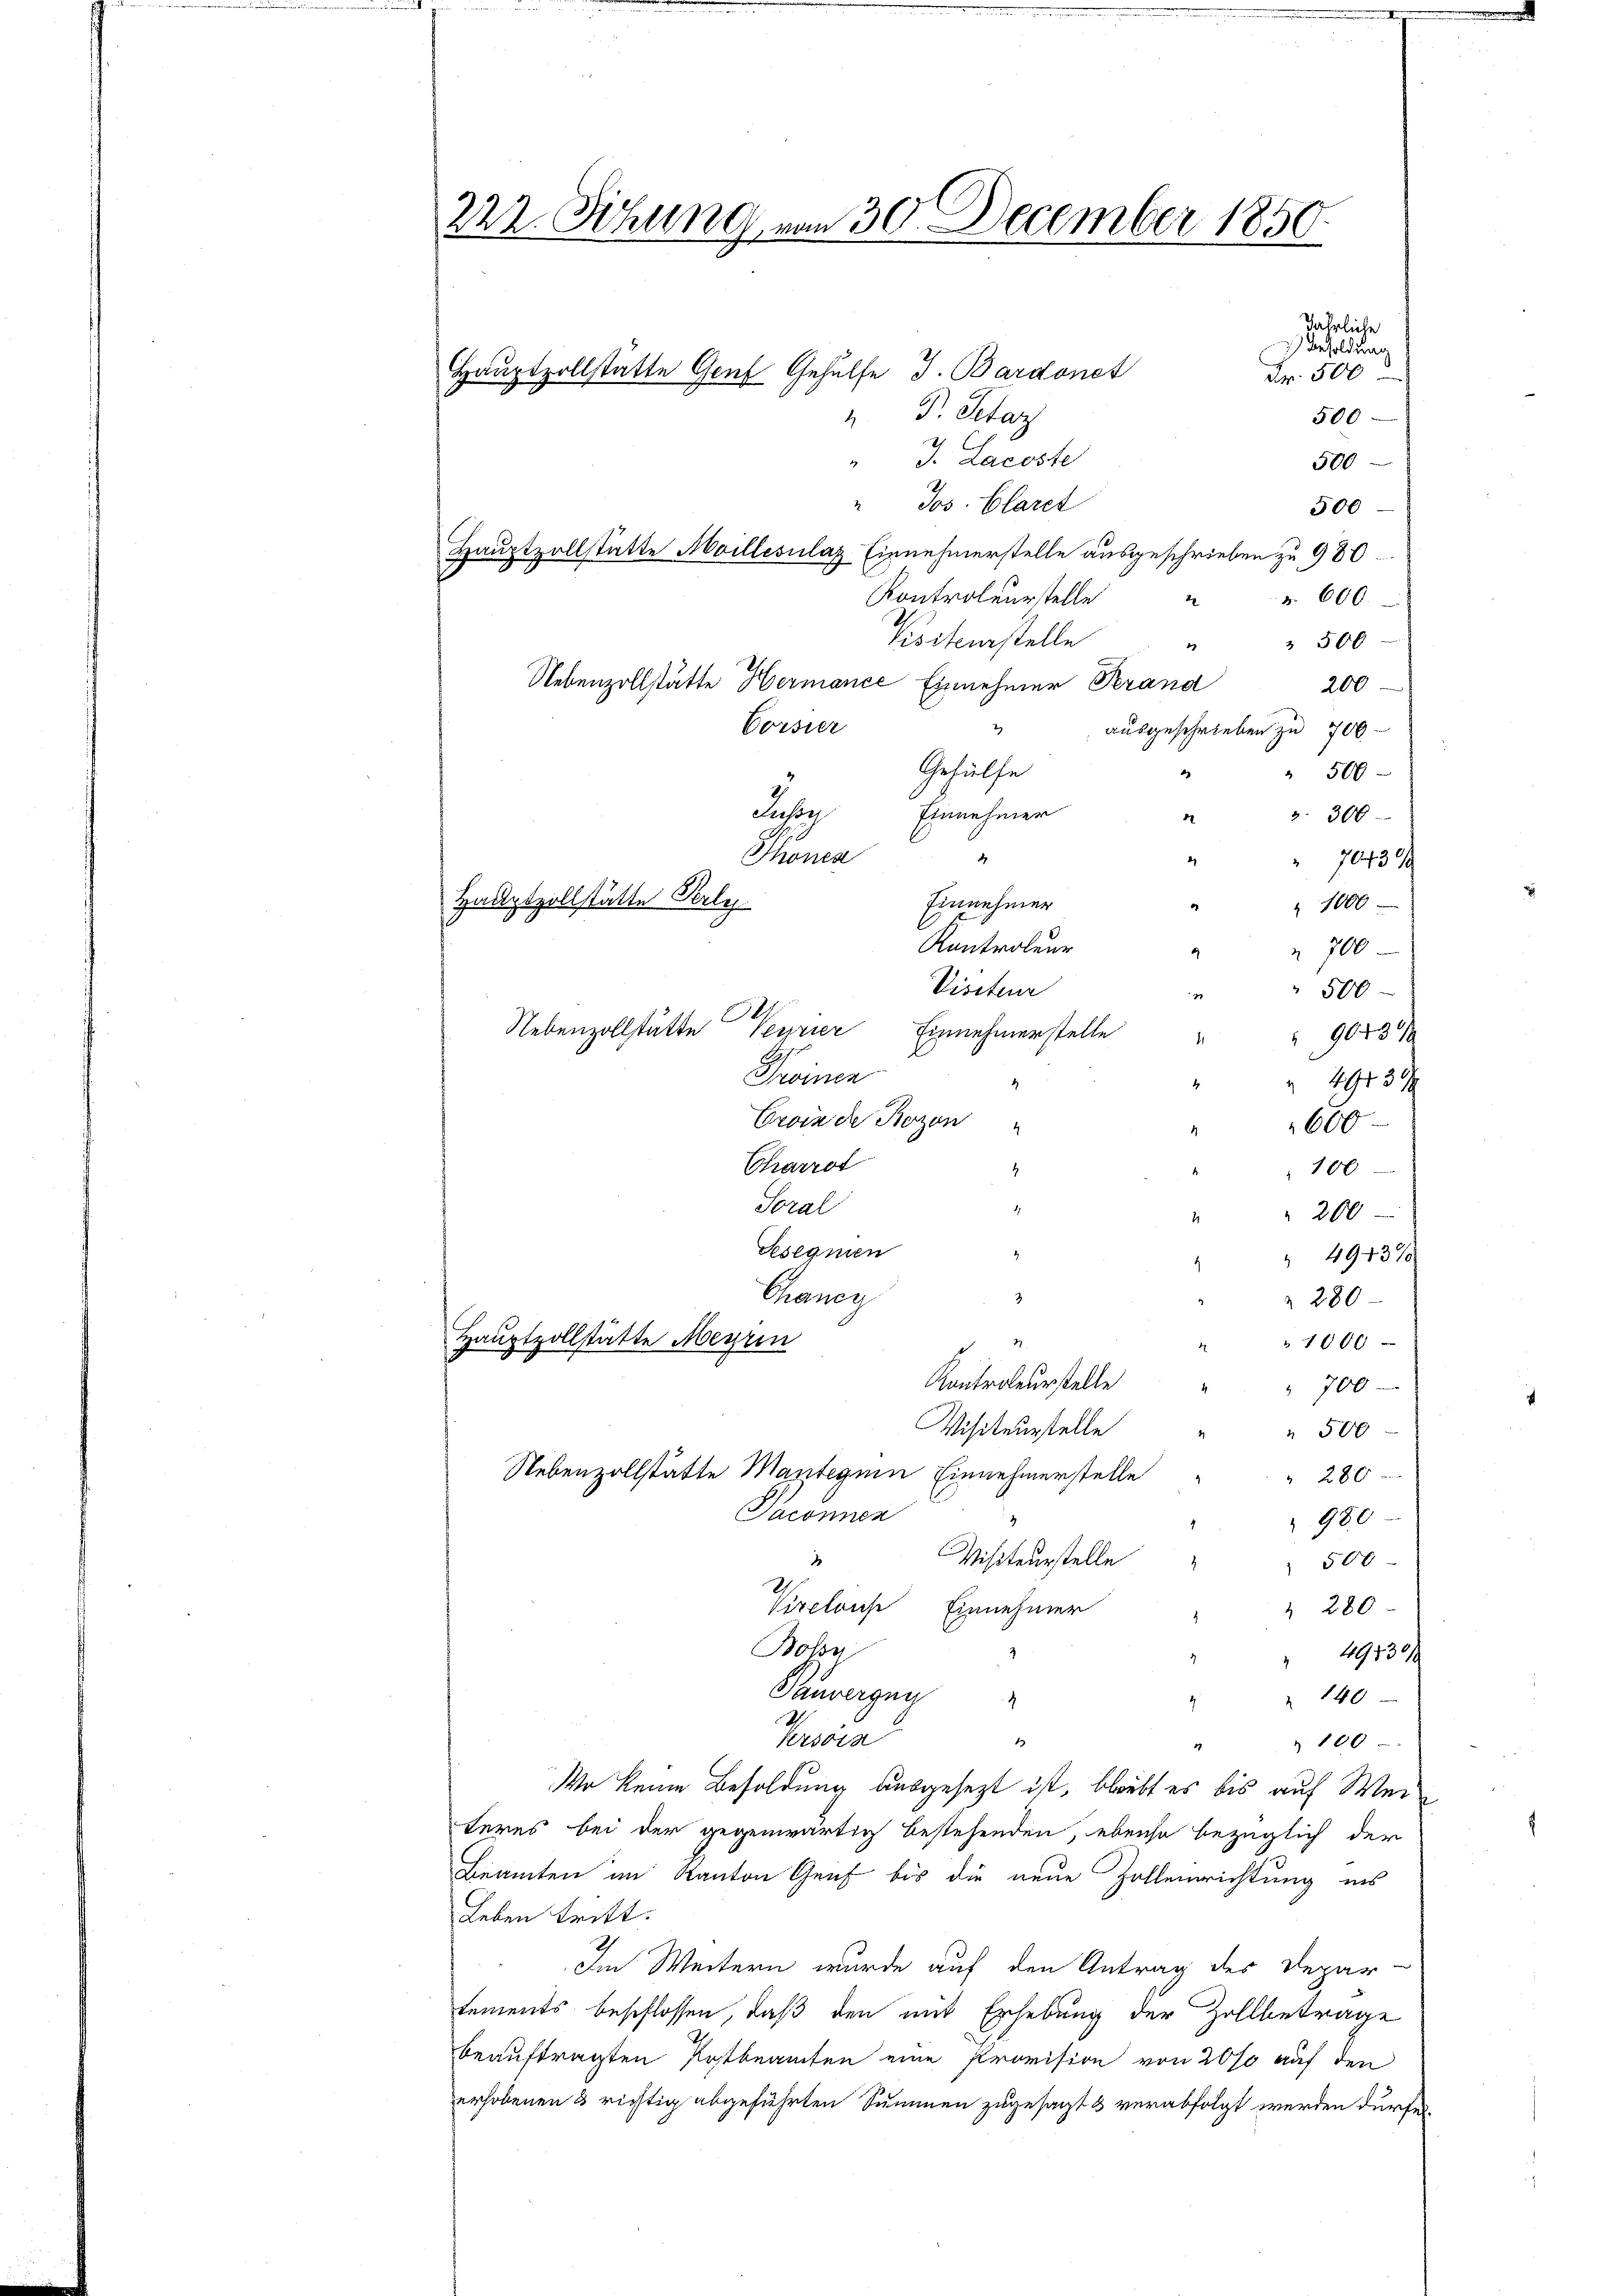
222. Sitzung von 30. December 1850.

jährliche
Besoldung
Fr. 500
 P. Petar
500
" J. Lacoste
500
" Jos. Claret
500
Hauptzollstatte Moillesilaz Einnehmerstelle ausgeschrieben zu 980
Kontroleurstelle
§. 600.
2
Koiterstelle
" " 500
Uebenzollstätte Hermanić Einnehmer Perand
200
Vorsier
ausgeschrieben zu 700
Gehülfe
d
" 500
Jusse Einnehmer
3. 300
d
Thonea
.
4
" 7043
Einnehmer
e
 1000
Kontroleur
 700
Visiteur
 500
.
Nebenzollstätte
Verrier Einnehmerstelle
90439
Brinen
1943 9
s
Erbinde Bozen
600
Charrot
100
4
Soral
200
2
Sesegnen
 4943/
Craner
3
280
Hauptvollstatte Meyrin
1000
Kontroleurstelle
700
Visiteurstelle
" 500
Nebenzollstätte Manteguin Einnehmerstelle
280
Saconnen
980
i
Visiteurstelle
2
 500
Virclause
Einnehmer
 280
Bolon
 19530/
Pauvergeg
 140
7
Krsoin
Z. 100
1
17
Wo keine Besoldung ausgesezt ist, bleibt es bis auf Wei
teres bei der gegenwärtig bestehenden, ebenso bezüglich der
Beamten im Kanton Genf bis die neue Zollenrichtung ins
Leben tritt.
Im Weitern wurde auf den Antrag der Depar
tements beschlossen, daß den mit Erhebung der Zollbetrage
beauftragten Kostbeamten eine Provision von 20% auf den
erhobenen 3 richtig abgeführten Summen zugesagt & verabfolgt werden dürfe.

Haŭptzollstätte Genf Gehülfe J. Bardonet

Hauptzollstätte Perle